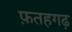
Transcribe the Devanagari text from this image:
फ़तहगढ़